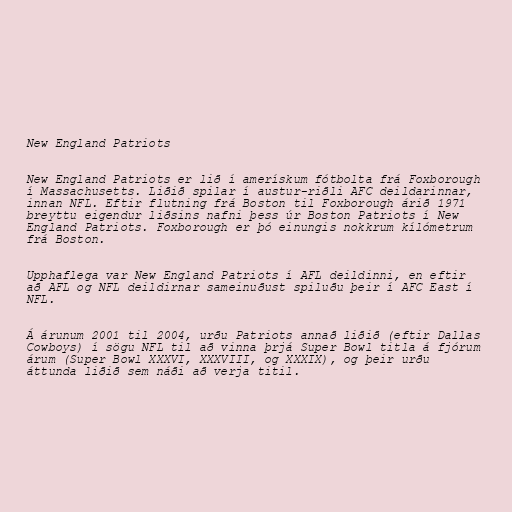
New England Patriots

New England Patriots er lið í amerískum fótbolta frá Foxborough
í Massachusetts. Liðið spilar í austur-riðli AFC deildarinnar,
innan NFL. Eftir flutning frá Boston til Foxborough árið 1971
breyttu eigendur liðsins nafni þess úr Boston Patriots í New
England Patriots. Foxborough er þó einungis nokkrum kílómetrum
frá Boston.

Upphaflega var New England Patriots í AFL deildinni, en eftir
að AFL og NFL deildirnar sameinuðust spiluðu þeir í AFC East í
NFL.

Á árunum 2001 til 2004, urðu Patriots annað liðið (eftir Dallas
Cowboys) í sögu NFL til að vinna þrjá Super Bowl titla á fjórum
árum (Super Bowl XXXVI, XXXVIII, og XXXIX), og þeir urðu
áttunda liðið sem náði að verja titil.